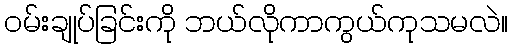
၀မ်းချုပ်ခြင်းကို ဘယ်လိုကာကွယ်ကုသမလဲ။